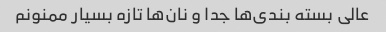
عالی بسته بندی‌ها جدا و نان‌ها تازه بسیار ممنونم